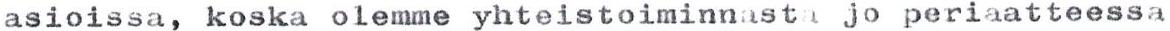
asioissa, koska olemme yhteistoiminnasta jo periaatteessa